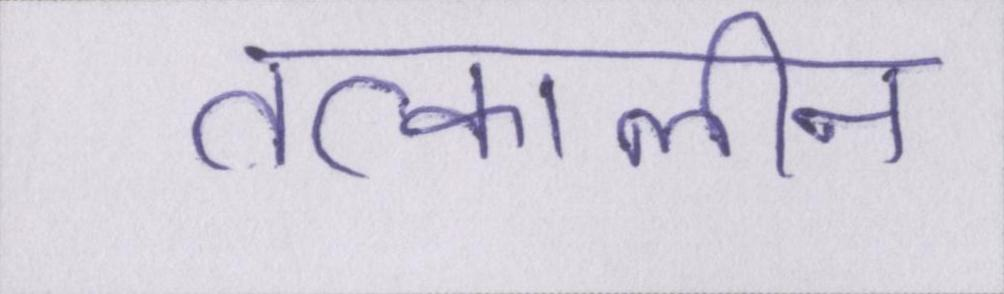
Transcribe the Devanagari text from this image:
तत्कालीन